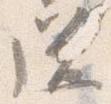
送